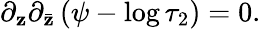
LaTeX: \partial_{\mathbf{z}}\partial_{\bar{{\mathbf{z}}}}\left(\psi-\log\tau_{2}\right)=0.